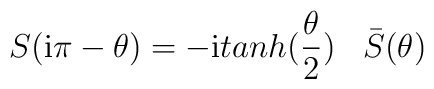
S({\rm i} \pi - \theta) = - {\rm i} tanh(\frac{\theta}{2}) \;\;\;\bar{S} (\theta)